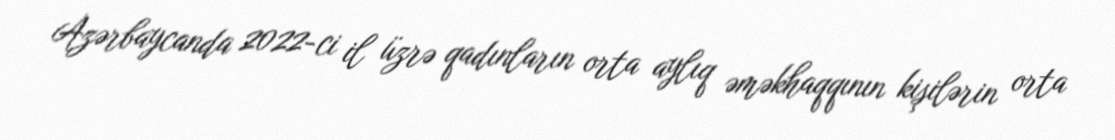
Azərbaycanda 2022-ci il üzrə qadınların orta aylıq əməkhaqqının kişilərin orta